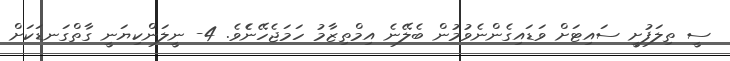
ސީ ތިލަފުށީ ސައިޓަށް ވަޑައިގެންނެވުމުން ބެލޭނެ އިމްތިޒާމު ހަމަޖެހޭނެެވެ. 4- ނީލަންކިޔަނީ ގާތްގަނޑަކަށް